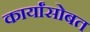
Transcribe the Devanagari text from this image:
कार्यांसोबत